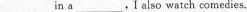
___in a___,I also watch comedies.